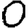
Digit: 0